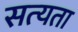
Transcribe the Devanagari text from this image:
सत्‍यता